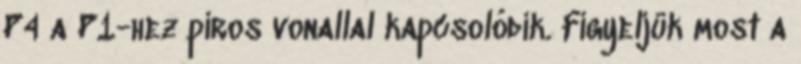
P4 a P1-hez piros vonallal kapcsolódik. Figyeljük most a